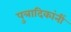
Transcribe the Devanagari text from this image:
पुत्रादिकांनीं